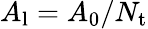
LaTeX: A_{\mathrm{l}}=A_{0}/N_{\mathrm{t}}